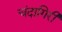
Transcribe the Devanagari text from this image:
चंदागिरी